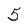
Character: 5